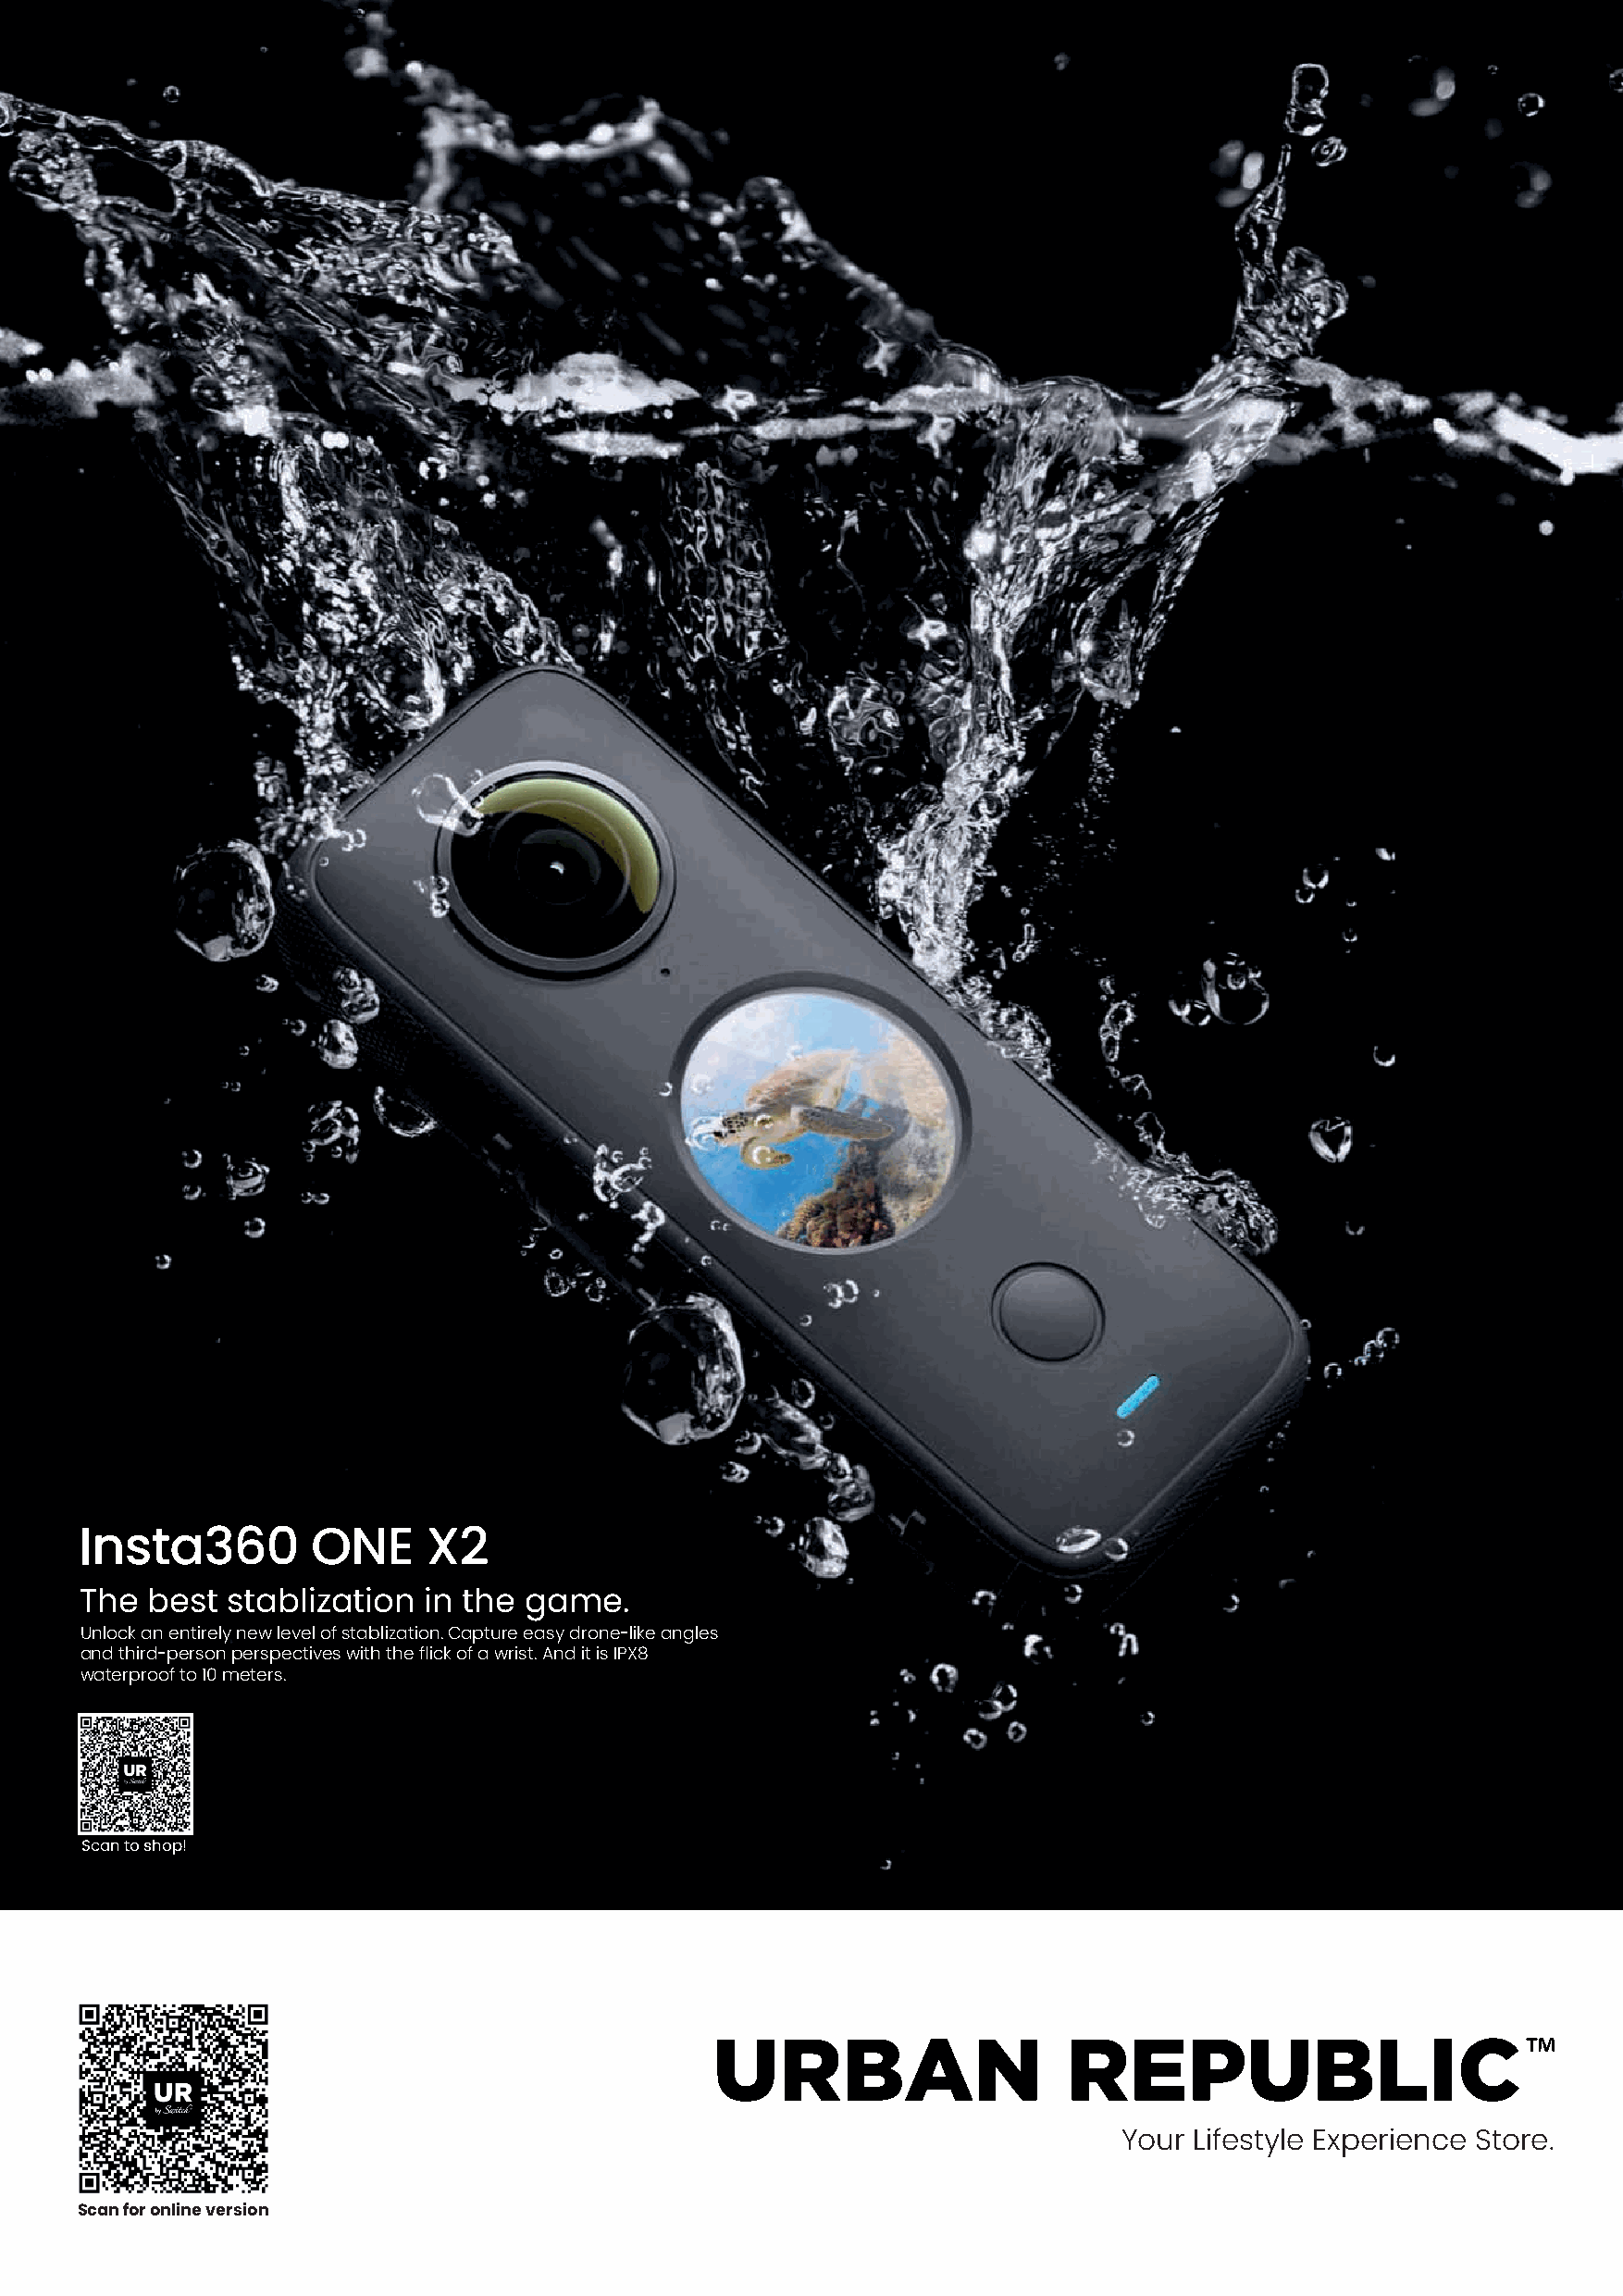
Insta360        ONE     X2
 The  best stablization  in the  game.
 Unlock an entirely new level of stablization. Capture easy drone-like angles
 and third-person perspectives with the flick of a wrist. And it is IPX8
 waterproof to 10 meters.
 Scan to shop!
 Your Lifestyle Experience Store.
 Scan for online version